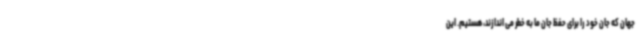
جهان که جان خود را برای حفظ جان ما به خطر می اندازند، هستیم. این